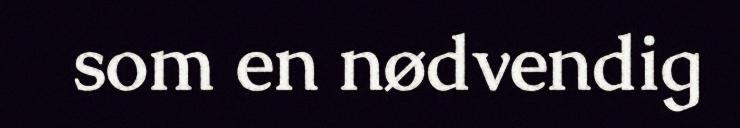
som en nødvendig